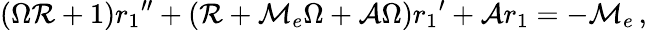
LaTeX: (\Omega{\cal R}+1){r_{1}}^{\prime\prime}+({\cal R}+{\cal M}_{e}\Omega+{\cal A}\Omega){r_{1}}^{\prime}+{\cal A}r_{1}=-{\cal M}_{e}\, ,